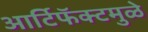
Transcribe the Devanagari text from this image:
आर्टिफॅक्टमुळे